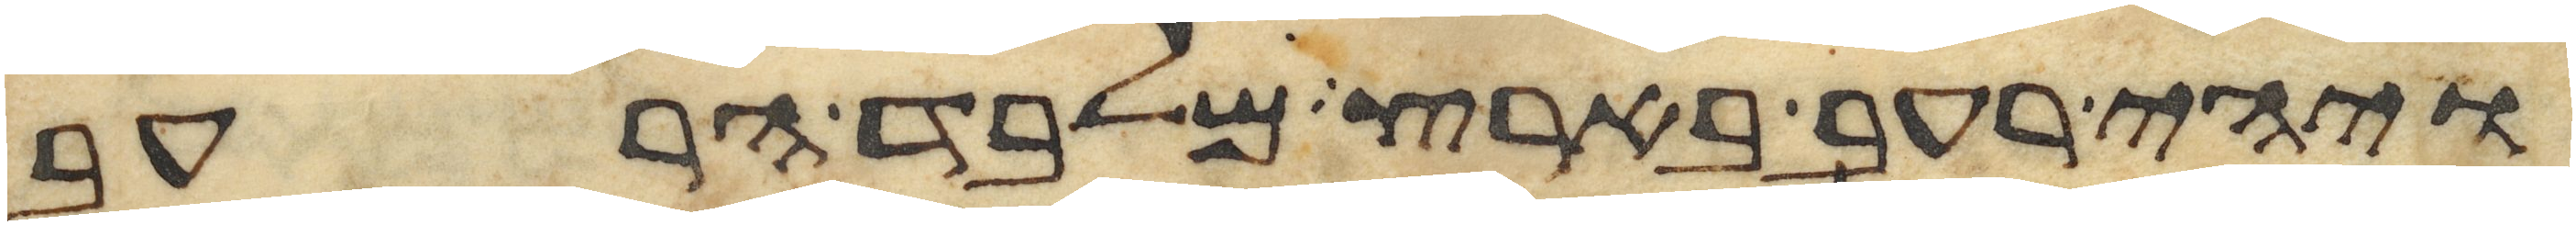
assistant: ויהי רעב בארץ מלבד הרעב